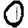
Digit: 0